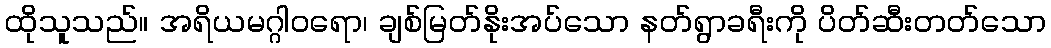
ထိုသူသည်။ အရိယမဂ္ဂါဝရော၊ ချစ်မြတ်နိုးအပ်သော နတ်ရွာခရီးကို ပိတ်ဆီးတတ်သော